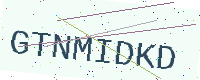
Text: GTNMIDKD